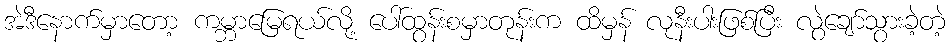
အဲဒီနောက်မှာတော့ ကမ္ဘာမြေရယ်လို့ ပေါ်ထွန်းစမှာတုန်းက ထိမှန် လုနီးပါးဖြစ်ပြီး လွဲချော်သွားခဲ့တဲ့